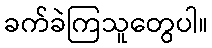
ခက်ခဲကြသူတွေပါ။